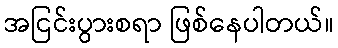
အငြင်းပွားစရာ ဖြစ်နေပါတယ်။